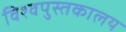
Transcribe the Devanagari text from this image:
विश्वपुस्तकालय